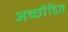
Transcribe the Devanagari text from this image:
अच्छाैदित